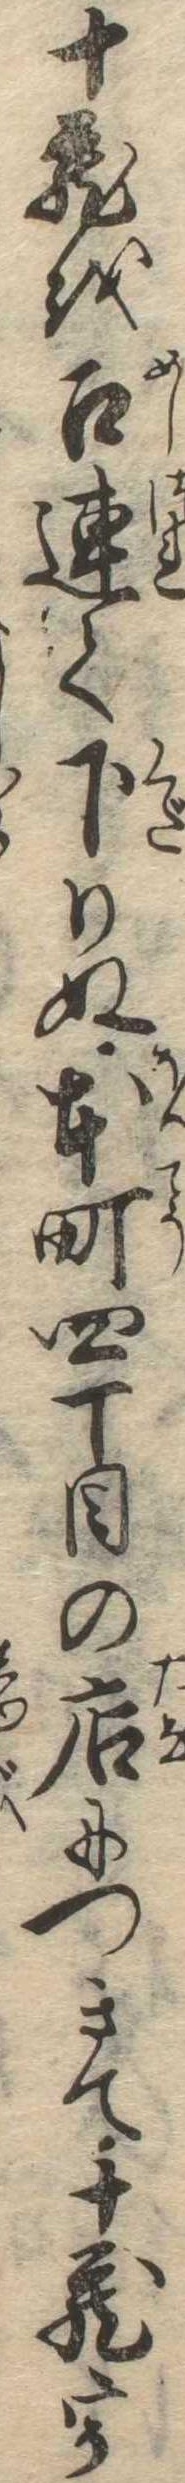
十蔵を召連て下りぬ本町四丁目の店につきて十蔵宇